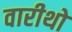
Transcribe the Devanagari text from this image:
वारीथो